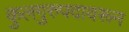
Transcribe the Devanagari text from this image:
कुलगुरुपदावरून